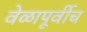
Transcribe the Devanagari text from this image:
वेळापूर्वीच